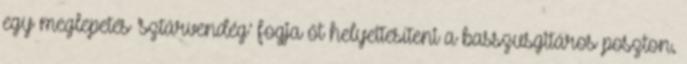
egy meglepetés ’sztárvendég’ fogja őt helyettesíteni a basszusgitáros poszton.